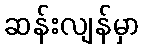
ဆန်းလျန်မှာ